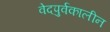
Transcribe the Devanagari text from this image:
वेदपुर्वकालीन